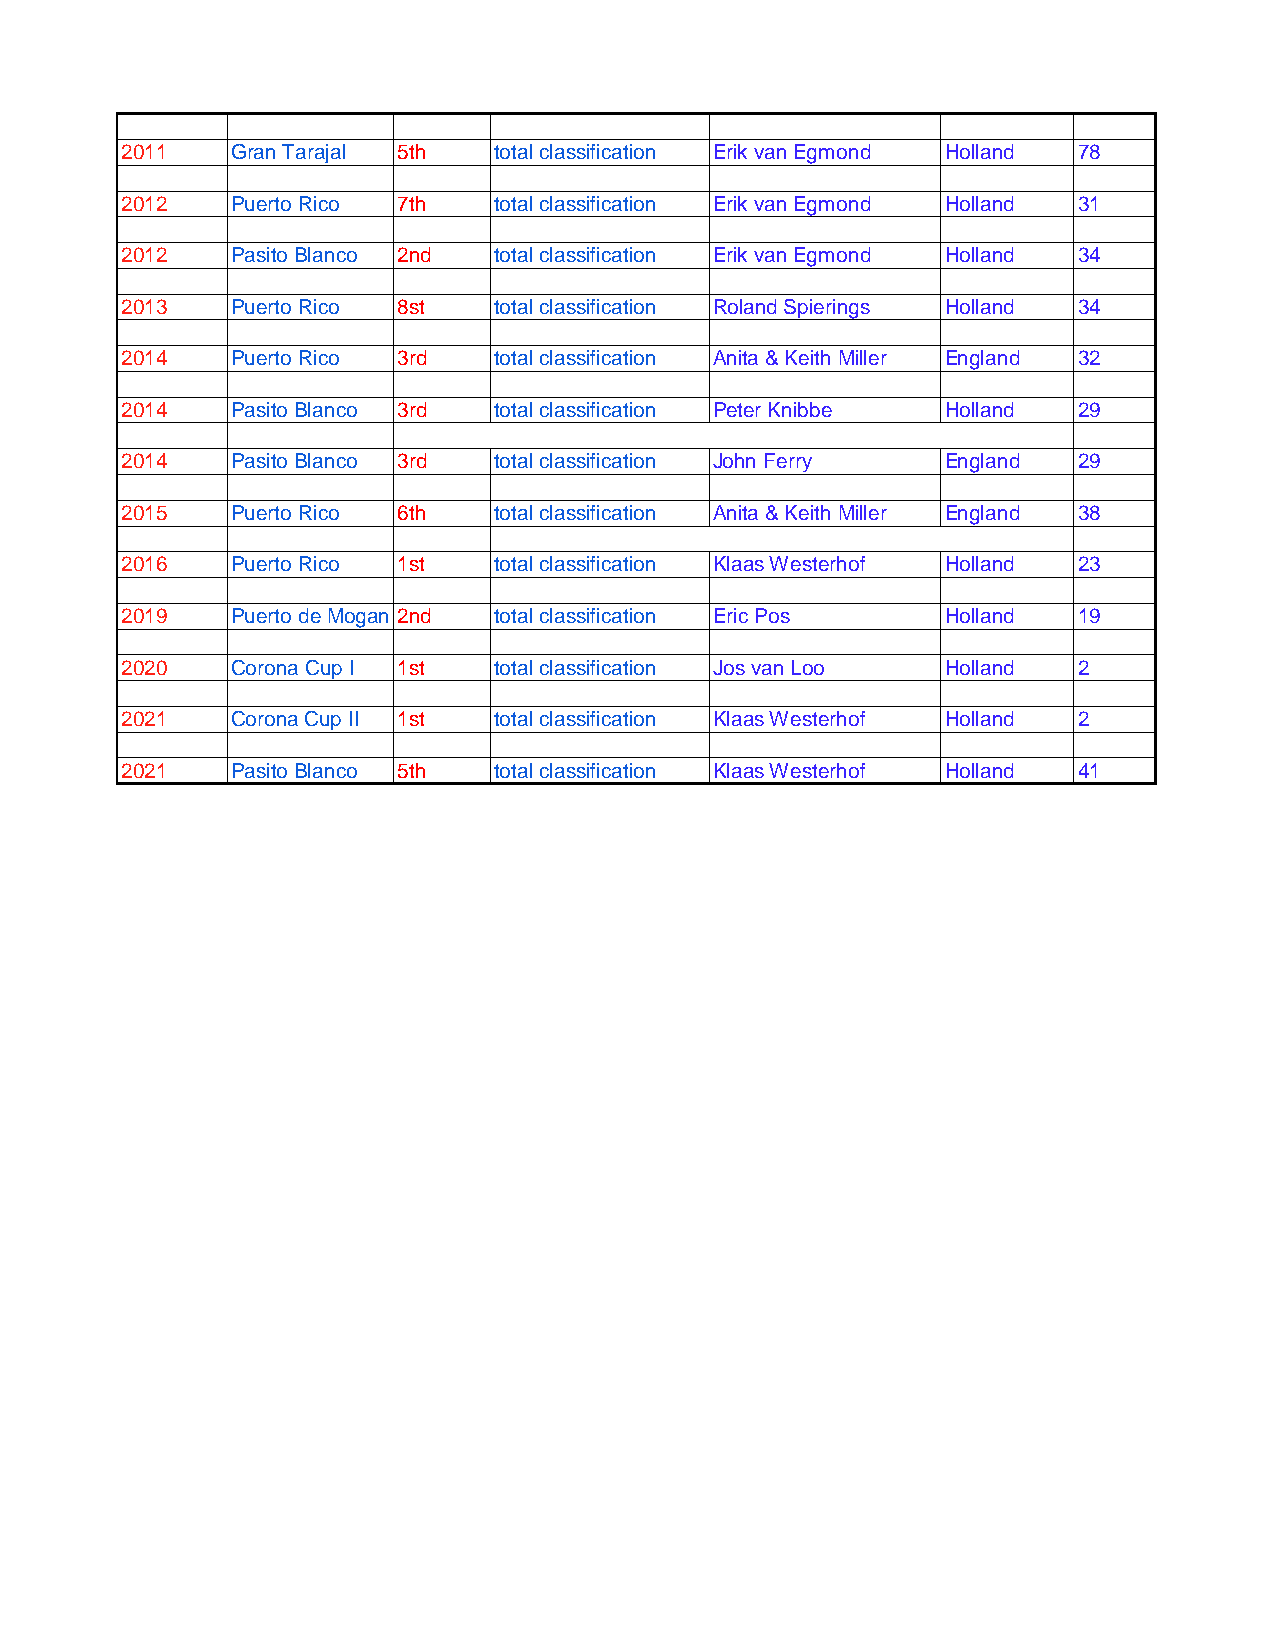
2011   Gran Tarajal 5th  total classification Erik van Egmond Holland 78
 2012   Puerto Rico 7th   total classification Erik van Egmond Holland 31
 2012   Pasito Blanco 2nd total classification Erik van Egmond Holland 34
 2013   Puerto Rico 8st   total classification Roland Spierings Holland 34
 2014   Puerto Rico 3rd   total classification Anita & Keith Miller England 32
 2014   Pasito Blanco 3rd total classification Peter Knibbe Holland 29
 2014   Pasito Blanco 3rd total classification John Ferry England 29
 2015   Puerto Rico 6th   total classification Anita & Keith Miller England 38
 2016   Puerto Rico 1st   total classification Klaas Westerhof Holland 23
 2019   Puerto de Mogan 2nd total classification Eric Pos Holland 19
 2020   Corona Cup I 1st  total classification Jos van Loo Holland 2
 2021   Corona Cup II 1st total classification Klaas Westerhof Holland 2
 2021   Pasito Blanco 5th total classification Klaas Westerhof Holland 41